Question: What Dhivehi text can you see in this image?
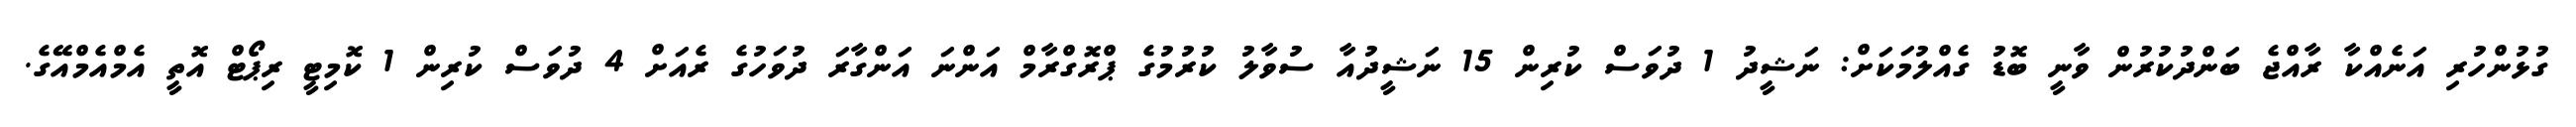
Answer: ގުޅުންހުރި އަނެއްކާ ރާއްޖެ ބަންދުކުރުން ވާނީ ބޮޑު ގެއްލުމަކަށް: ނަޝީދު 1 ދުވަސް ކުރިން 15 ނަޝީދުއާ ސުވާލު ކުރުމުގެ ޕްރޮގްރާމް އަންނަ އަންގާރަ ދުވަހުގެ ރެއަށް 4 ދުވަސް ކުރިން 1 ކޮމިޓީ ރިޕޯޓް އޮތީ އެމްއެމްއޭގެ.